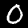
Label: 0